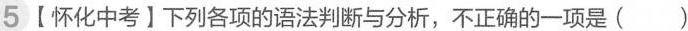
5 【怀化中考】下列各项的语法判断与分析，不正确的一项是（）